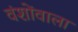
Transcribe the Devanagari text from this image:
वंशोंवाला